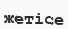
жетісе